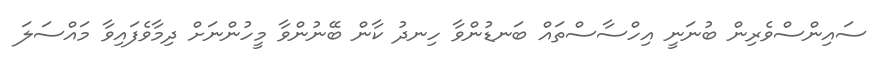
ސައިންސްވެރިން ބުނަނީ އިހްސާސްތައް ބަނޑުންވާ ހިނދު ކާން ބޭނުންވާ މީހުންނަށް ދިމާވެފައިވާ މައްސަލަ